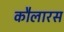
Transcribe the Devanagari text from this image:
कौलारस